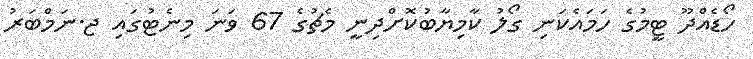
ހޯޑެއްދޫ ޓީމުގެ ހަމައެކަނި ގޯލު ކާމިޔާބުކޮށްދިނީ މެޗުގެ 67 ވަނަ މިނެޓުގައި ޖ.ނަމްބަރު